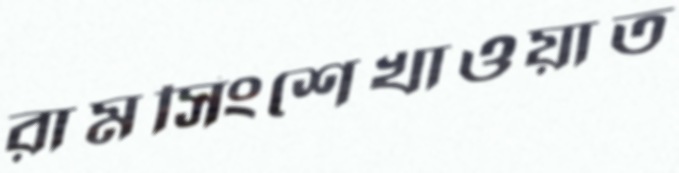
রামসিংশেখাওয়াত